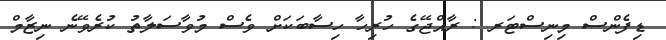
ޑިފެންސް މިނިސްޓަރ : ރާއްޖޭގެ ހުރިހާ ހިސާބަކަށް ވެސް މުވާސަލާތު ކުރެވޭނެ ނިޒާމް